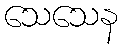
သေသေန